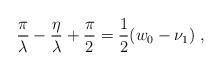
LaTeX: \begin{align*}\frac{\pi}{\lambda}-\frac{\eta}{\lambda}+\frac{\pi}{2}=\frac{1}{2}(w_0-\nu_1)\ ,\end{align*}